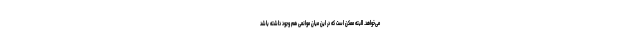
می‌خواهد. البته ممکن است که در این میان موانعی هم وجود داشته باشد